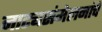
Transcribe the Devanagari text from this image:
नाट्यसंमेलनांचे